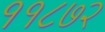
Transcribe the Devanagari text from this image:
११८७२